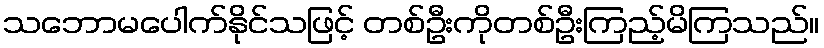
သဘောမပေါက်နိုင်သဖြင့် တစ်ဦးကိုတစ်ဦးကြည့်မိကြသည်။